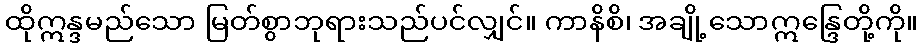
ထိုဣန္ဒမည်သော မြတ်စွာဘုရားသည်ပင်လျှင်။ ကာနိစိ၊ အချို့သောဣန္ဒြေတို့ကို။